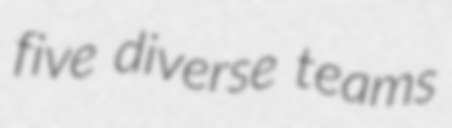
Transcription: five diverse teams